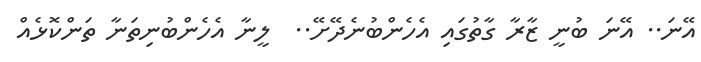
އޭނަ.. އޭނަ ބުނީ ޒާރާ ގާތުގައި އެހެންބުނެދޭށޭ..  ލީނާ އެހެންބުނިތަނާ ތަންކޮޅެއް